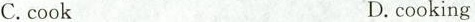
C.cook D.cooking